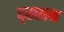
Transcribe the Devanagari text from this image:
द्ख्खन